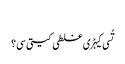
‏
تُسی کیہڑی غلطی کیتی سی؟